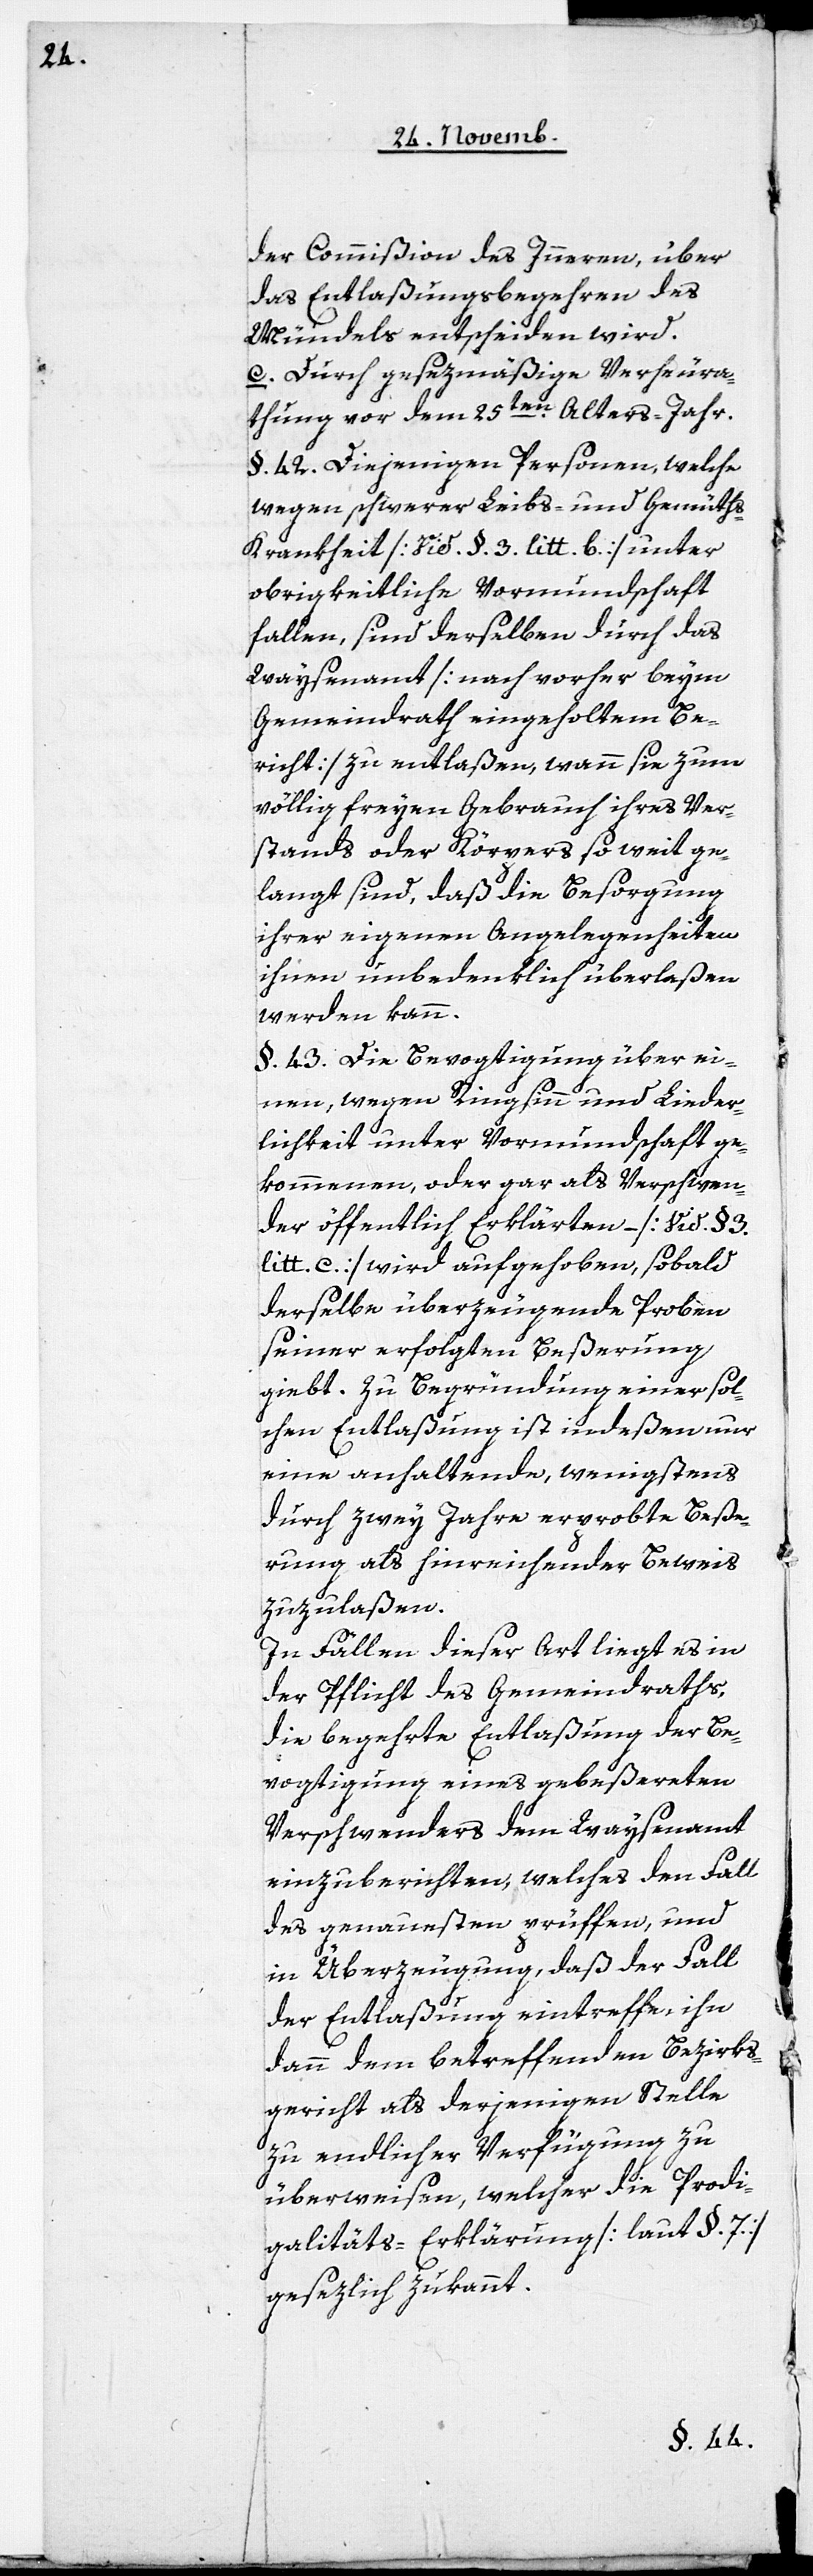
der Commißion des Inneren, über
das Entlaßungsbegehren des
Mündels entscheiden wird.
c. Durch gesezmäßige Verheura¬
thung vor dem 25ten. Alters-Jahr.
§. 42. Diejenigen Personen, welche
wegen schwerer Leibs- und Gemüt¬
s-Krankheit [Vid. §. 3. litt. b.] unter
obrigkeitliche Vormundschaft
fallen, sind derselben durch das
Waysenamt [nach vorher beym
Gemeindrath eingeholtem Be¬
richt] zu entlaßen, wann sie zum
völlig freyen Gebrauch ihres Ver¬
stands oder Körpers so weit ge¬
langt sind, daß die Besorgung
ihrer eigenen Angelegenheiten
ihnen unbedenklich überlaßen
werden kann.
§. 43. Die Bevogtigung über ei¬
nen, wegen Ringsinn und Lieder¬
lichkeit unter Vormundschaft ge¬
kommenen, oder gar als Verschwen¬
der öffentlich Erklärten – [Vid. §. 3.
litt. c.] wird aufgehoben, sobald
derselbe überzeugende Proben
seiner erfolgten Beßerung
giebt. Zu Begründung einer sol¬
chen Entlaßung ist indeßen nur
eine anhaltende, wenigstens
durch zwey Jahre erprobte Beße¬
rung als hinreichender Beweis
zuzulaßen.
In Fällen dieser Art liegt es in
der Pflicht des Gemeindraths,
die begehrte Entlaßung der Be¬
vogtigung eines gebeßerten
Verschwenders dem Waysenamt
einzuberichten, welches den Fall
des genauesten prüffen, und
in Überzeugung, daß der Fall
der Entlaßung eintreffe, ihn
dann dem betreffenden Bezirks¬
gericht als derjenigen Stelle
zu endlicher Verfügung zu
überweisen, welcher die Prodi¬
galitäts-Erklärung [laut §. 7.]
gesezlich zukannt.